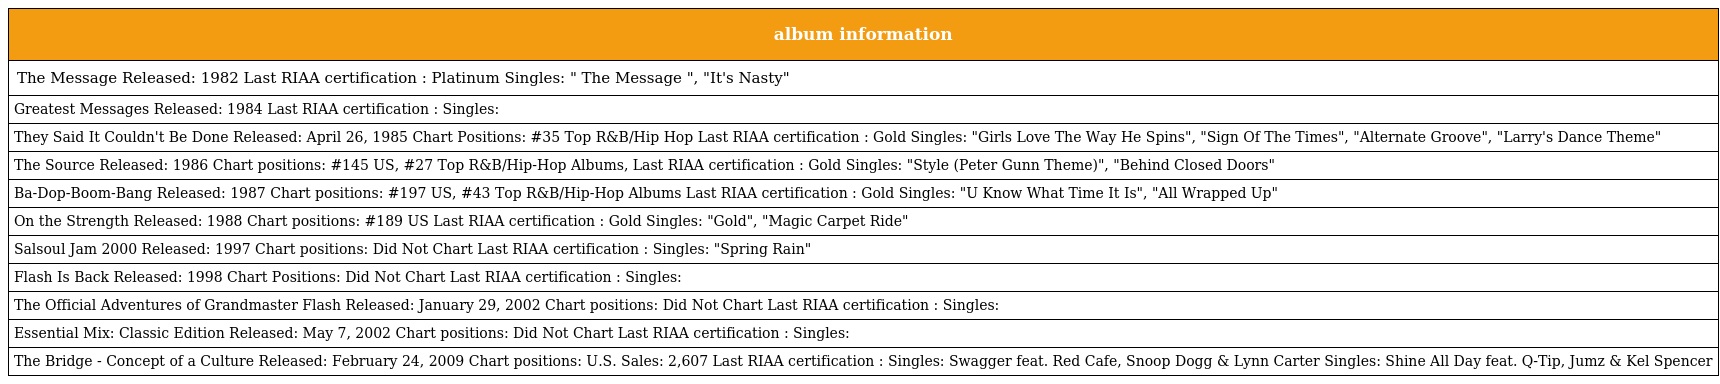
| album information |
 | --- |
 | The Message Released: 1982 Last RIAA certification : Platinum Singles: " The Message ", "It's Nasty" |
 | Greatest Messages Released: 1984 Last RIAA certification : Singles: |
 | They Said It Couldn't Be Done Released: April 26, 1985 Chart Positions: #35 Top R&B/Hip Hop Last RIAA certification : Gold Singles: "Girls Love The Way He Spins", "Sign Of The Times", "Alternate Groove", "Larry's Dance Theme" |
 | The Source Released: 1986 Chart positions: #145 US, #27 Top R&B/Hip-Hop Albums, Last RIAA certification : Gold Singles: "Style (Peter Gunn Theme)", "Behind Closed Doors" |
 | Ba-Dop-Boom-Bang Released: 1987 Chart positions: #197 US, #43 Top R&B/Hip-Hop Albums Last RIAA certification : Gold Singles: "U Know What Time It Is", "All Wrapped Up" |
 | On the Strength Released: 1988 Chart positions: #189 US Last RIAA certification : Gold Singles: "Gold", "Magic Carpet Ride" |
 | Salsoul Jam 2000 Released: 1997 Chart positions: Did Not Chart Last RIAA certification : Singles: "Spring Rain" |
 | Flash Is Back Released: 1998 Chart Positions: Did Not Chart Last RIAA certification : Singles: |
 | The Official Adventures of Grandmaster Flash Released: January 29, 2002 Chart positions: Did Not Chart Last RIAA certification : Singles: |
 | Essential Mix: Classic Edition Released: May 7, 2002 Chart positions: Did Not Chart Last RIAA certification : Singles: |
 | The Bridge - Concept of a Culture Released: February 24, 2009 Chart positions: U.S. Sales: 2,607 Last RIAA certification : Singles: Swagger feat. Red Cafe, Snoop Dogg & Lynn Carter Singles: Shine All Day feat. Q-Tip, Jumz & Kel Spencer |